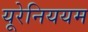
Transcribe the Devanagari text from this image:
यूरेनिययम